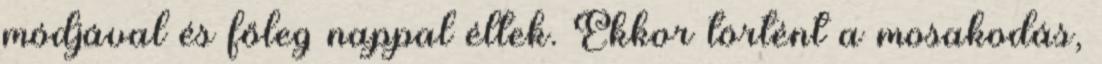
módjával és főleg nappal éltek. Ekkor történt a mosakodás,